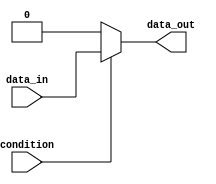
module if_else_example(
    input wire condition,
    input wire data_in,
    output reg data_out
);

always @* begin
    if(condition) begin
        // If the condition is true
        data_out = data_in;
    end else begin
        // If the condition is false
        data_out = 0;
    end
end

endmodule